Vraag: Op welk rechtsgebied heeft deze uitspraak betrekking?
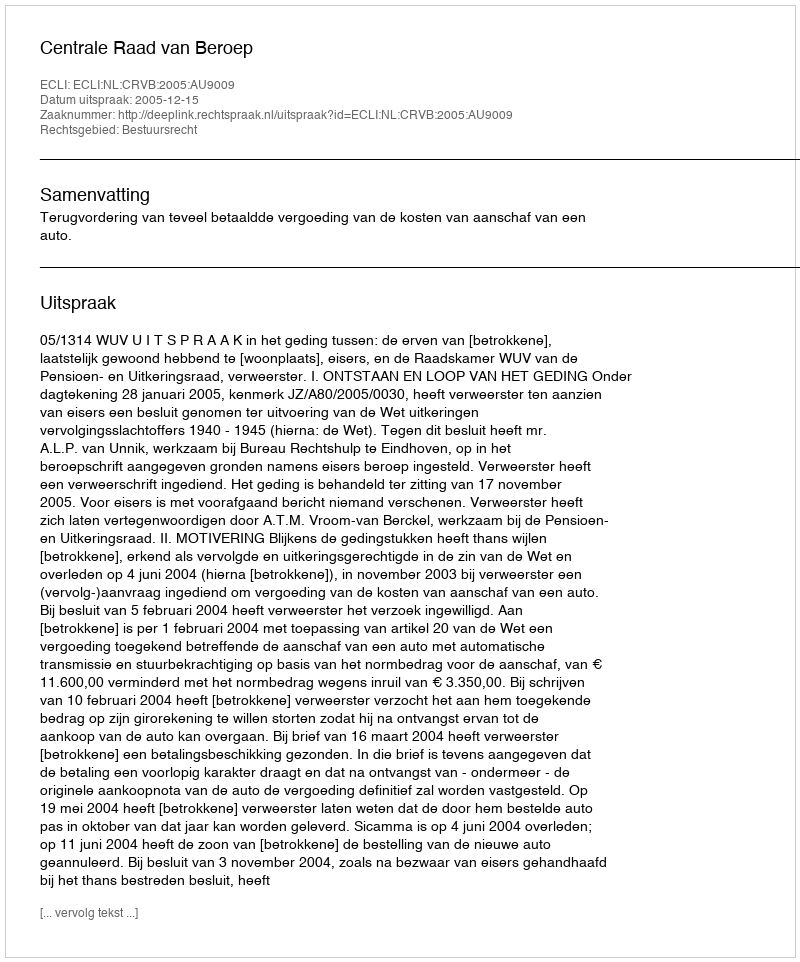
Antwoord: Bestuursrecht